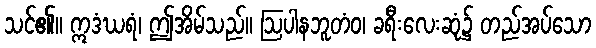
သင်၏။ ဣဒံဃရံ၊ ဤအိမ်သည်။ ဩပါနဘူတံဝ၊ ခရီးလေးဆုံ၌ တည်အပ်သော